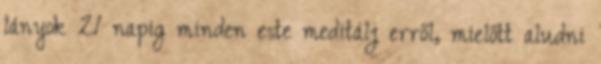
lányok 21 napig minden este meditálj erről, mielőtt aludni